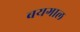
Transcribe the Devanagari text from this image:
बयगाल